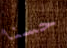
حسنا